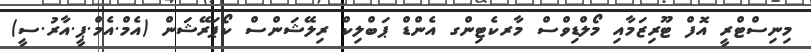
މިނިސްޓްރީ އޮފް ޓޫރިޒަމާއި މޯލްޑިވްސް މާރކެޓިންގ އެންޑް ޕަބްލިކް ރިލޭޝަންސް ކޯޕަރޭޝަން (އެމް.އެމް.ޕީ.އާރު.ސީ)